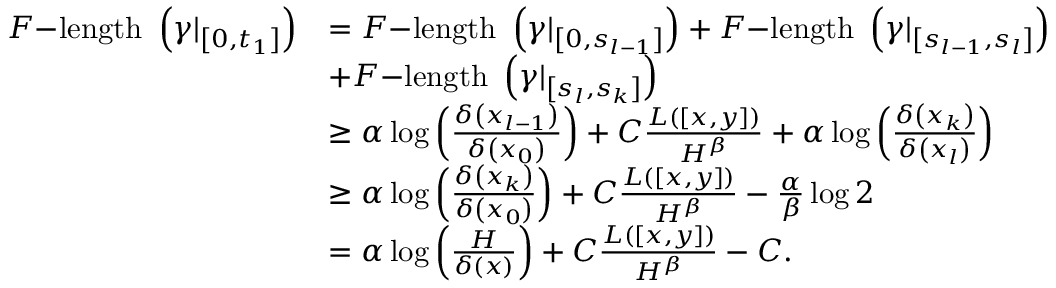
\begin{array} { r l } { F \mathrm { - l e n g t h ~ } \left( \gamma | _ { \left[ 0 , t _ { 1 } \right] } \right) } & { = F \mathrm { - l e n g t h ~ } \left( \gamma | _ { \left[ 0 , s _ { l - 1 } \right] } \right) + F \mathrm { - l e n g t h ~ } \left( \gamma | _ { \left[ s _ { l - 1 } , s _ { l } \right] } \right) } \\ & { + F \mathrm { - l e n g t h ~ } \left( \gamma | _ { \left[ s _ { l } , s _ { k } \right] } \right) } \\ & { \geq \alpha \log \left( \frac { \delta \left( x _ { l - 1 } \right) } { \delta \left( x _ { 0 } \right) } \right) + C \frac { L ( [ x , y ] ) } { H ^ { \beta } } + \alpha \log \left( \frac { \delta \left( x _ { k } \right) } { \delta \left( x _ { l } \right) } \right) } \\ & { \geq \alpha \log \left( \frac { \delta \left( x _ { k } \right) } { \delta \left( x _ { 0 } \right) } \right) + C \frac { L ( [ x , y ] ) } { H ^ { \beta } } - \frac { \alpha } { \beta } \log 2 } \\ & { = \alpha \log \left( \frac { H } { \delta ( x ) } \right) + C \frac { L ( [ x , y ] ) } { H ^ { \beta } } - C . } \end{array}